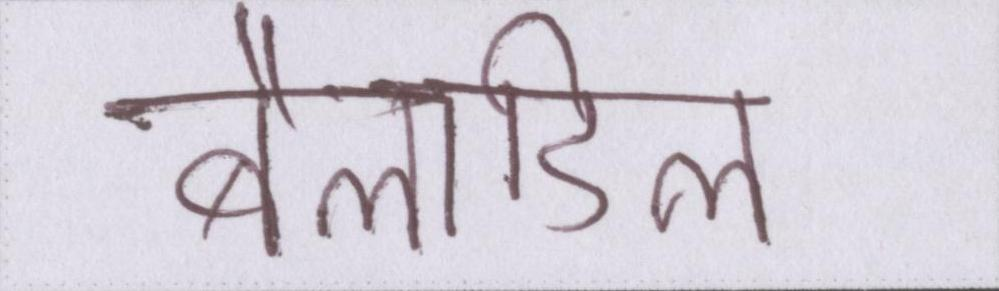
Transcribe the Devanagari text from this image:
बैलाडिला